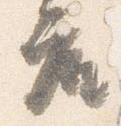
座